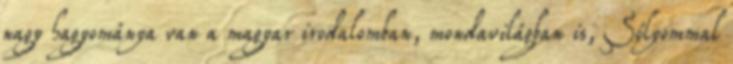
nagy hagyománya van a magyar irodalomban, mondavilágban is, Sólyommal